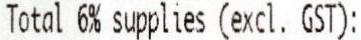
TOTAL 6% SUPPLIES (EXCL. GST):